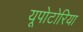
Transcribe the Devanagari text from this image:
यूपोटोरिया